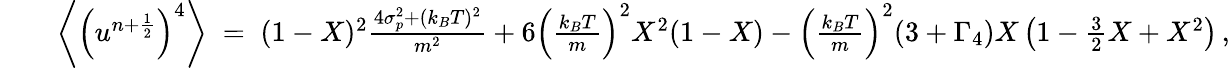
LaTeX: \begin{array}{rlr}&{}&{\left\langle\left(u^{n+\frac{1}{2}}\right)^{4}\right\rangle\; =\; (1-X)^{2}\frac{4\sigma_{p}^{2}+(k_{B}T)^{2}}{m^{2}}+6\left(\frac{k_{B}T}{m}\right)^{2}X^{2}(1-X)-\left(\frac{k_{B}T}{m}\right)^{2}(3+\Gamma_{4})X\left(1-\frac{3}{2}X+X^{2}\right)\, ,}\end{array}